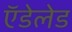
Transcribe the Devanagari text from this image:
ऍडेलेड